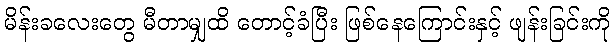
မိန်းခလေးတွေ မီတာမျှထိ တောင့်ခံပြီး ဖြစ်နေကြောင်းနှင့် ဖျန်းခြင်းကို